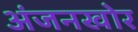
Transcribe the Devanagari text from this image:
अंजनखोर